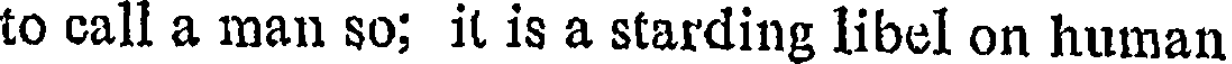
to call a man so; it is a starding libel on human